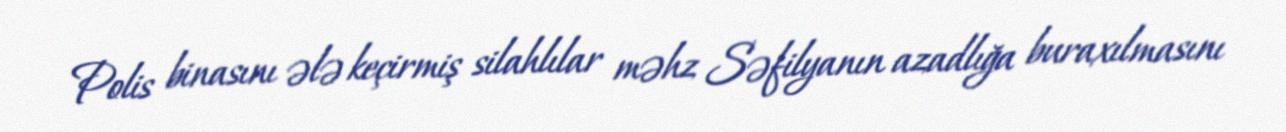
Polis binasını ələ keçirmiş silahlılar məhz Səfilyanın azadlığa buraxılmasını